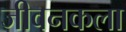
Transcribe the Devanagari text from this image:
जीवनकला